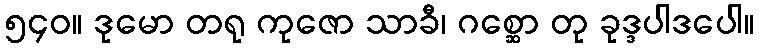
၅၄၀။ ဒုမော တရု ကုဇော သာခီ၊ ဂစ္ဆော တု ခုဒ္ဒပါဒပေါ။